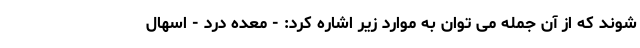
شوند که از آن جمله می توان به موارد زیر اشاره کرد: - معده درد - اسهال